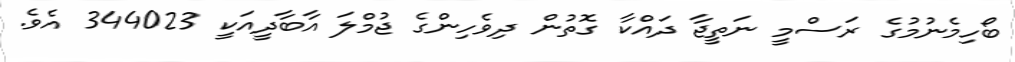
ބޯހިމެނުމުގެ ރަސްމީ ނަތީޖާ ދައްކާ ގޮތުން ދިވެހިންގެ ޖުމްލަ އާބާދީއަކީ 344023 އެވެ.